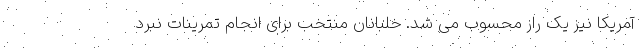
آمریکا نیز یک راز محسوب می شد. خلبانان منتخب برای انجام تمرینات نبرد